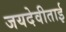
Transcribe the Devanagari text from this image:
जयदेवीताई